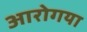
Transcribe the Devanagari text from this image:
आरोगया